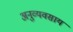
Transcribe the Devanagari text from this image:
अनुव्यवसाय